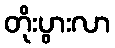
တိုးပွားလာ